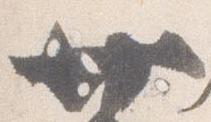
廿